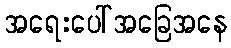
အရေးပေါ်အခြေအနေ